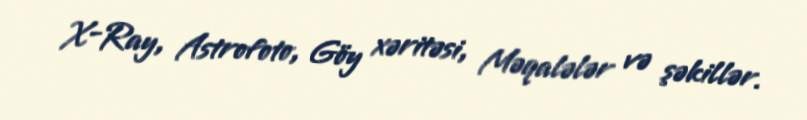
X-Ray, Astrofoto, Göy xəritəsi, Məqalələr və şəkillər.